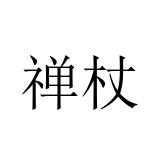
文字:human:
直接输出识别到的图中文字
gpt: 禅杖